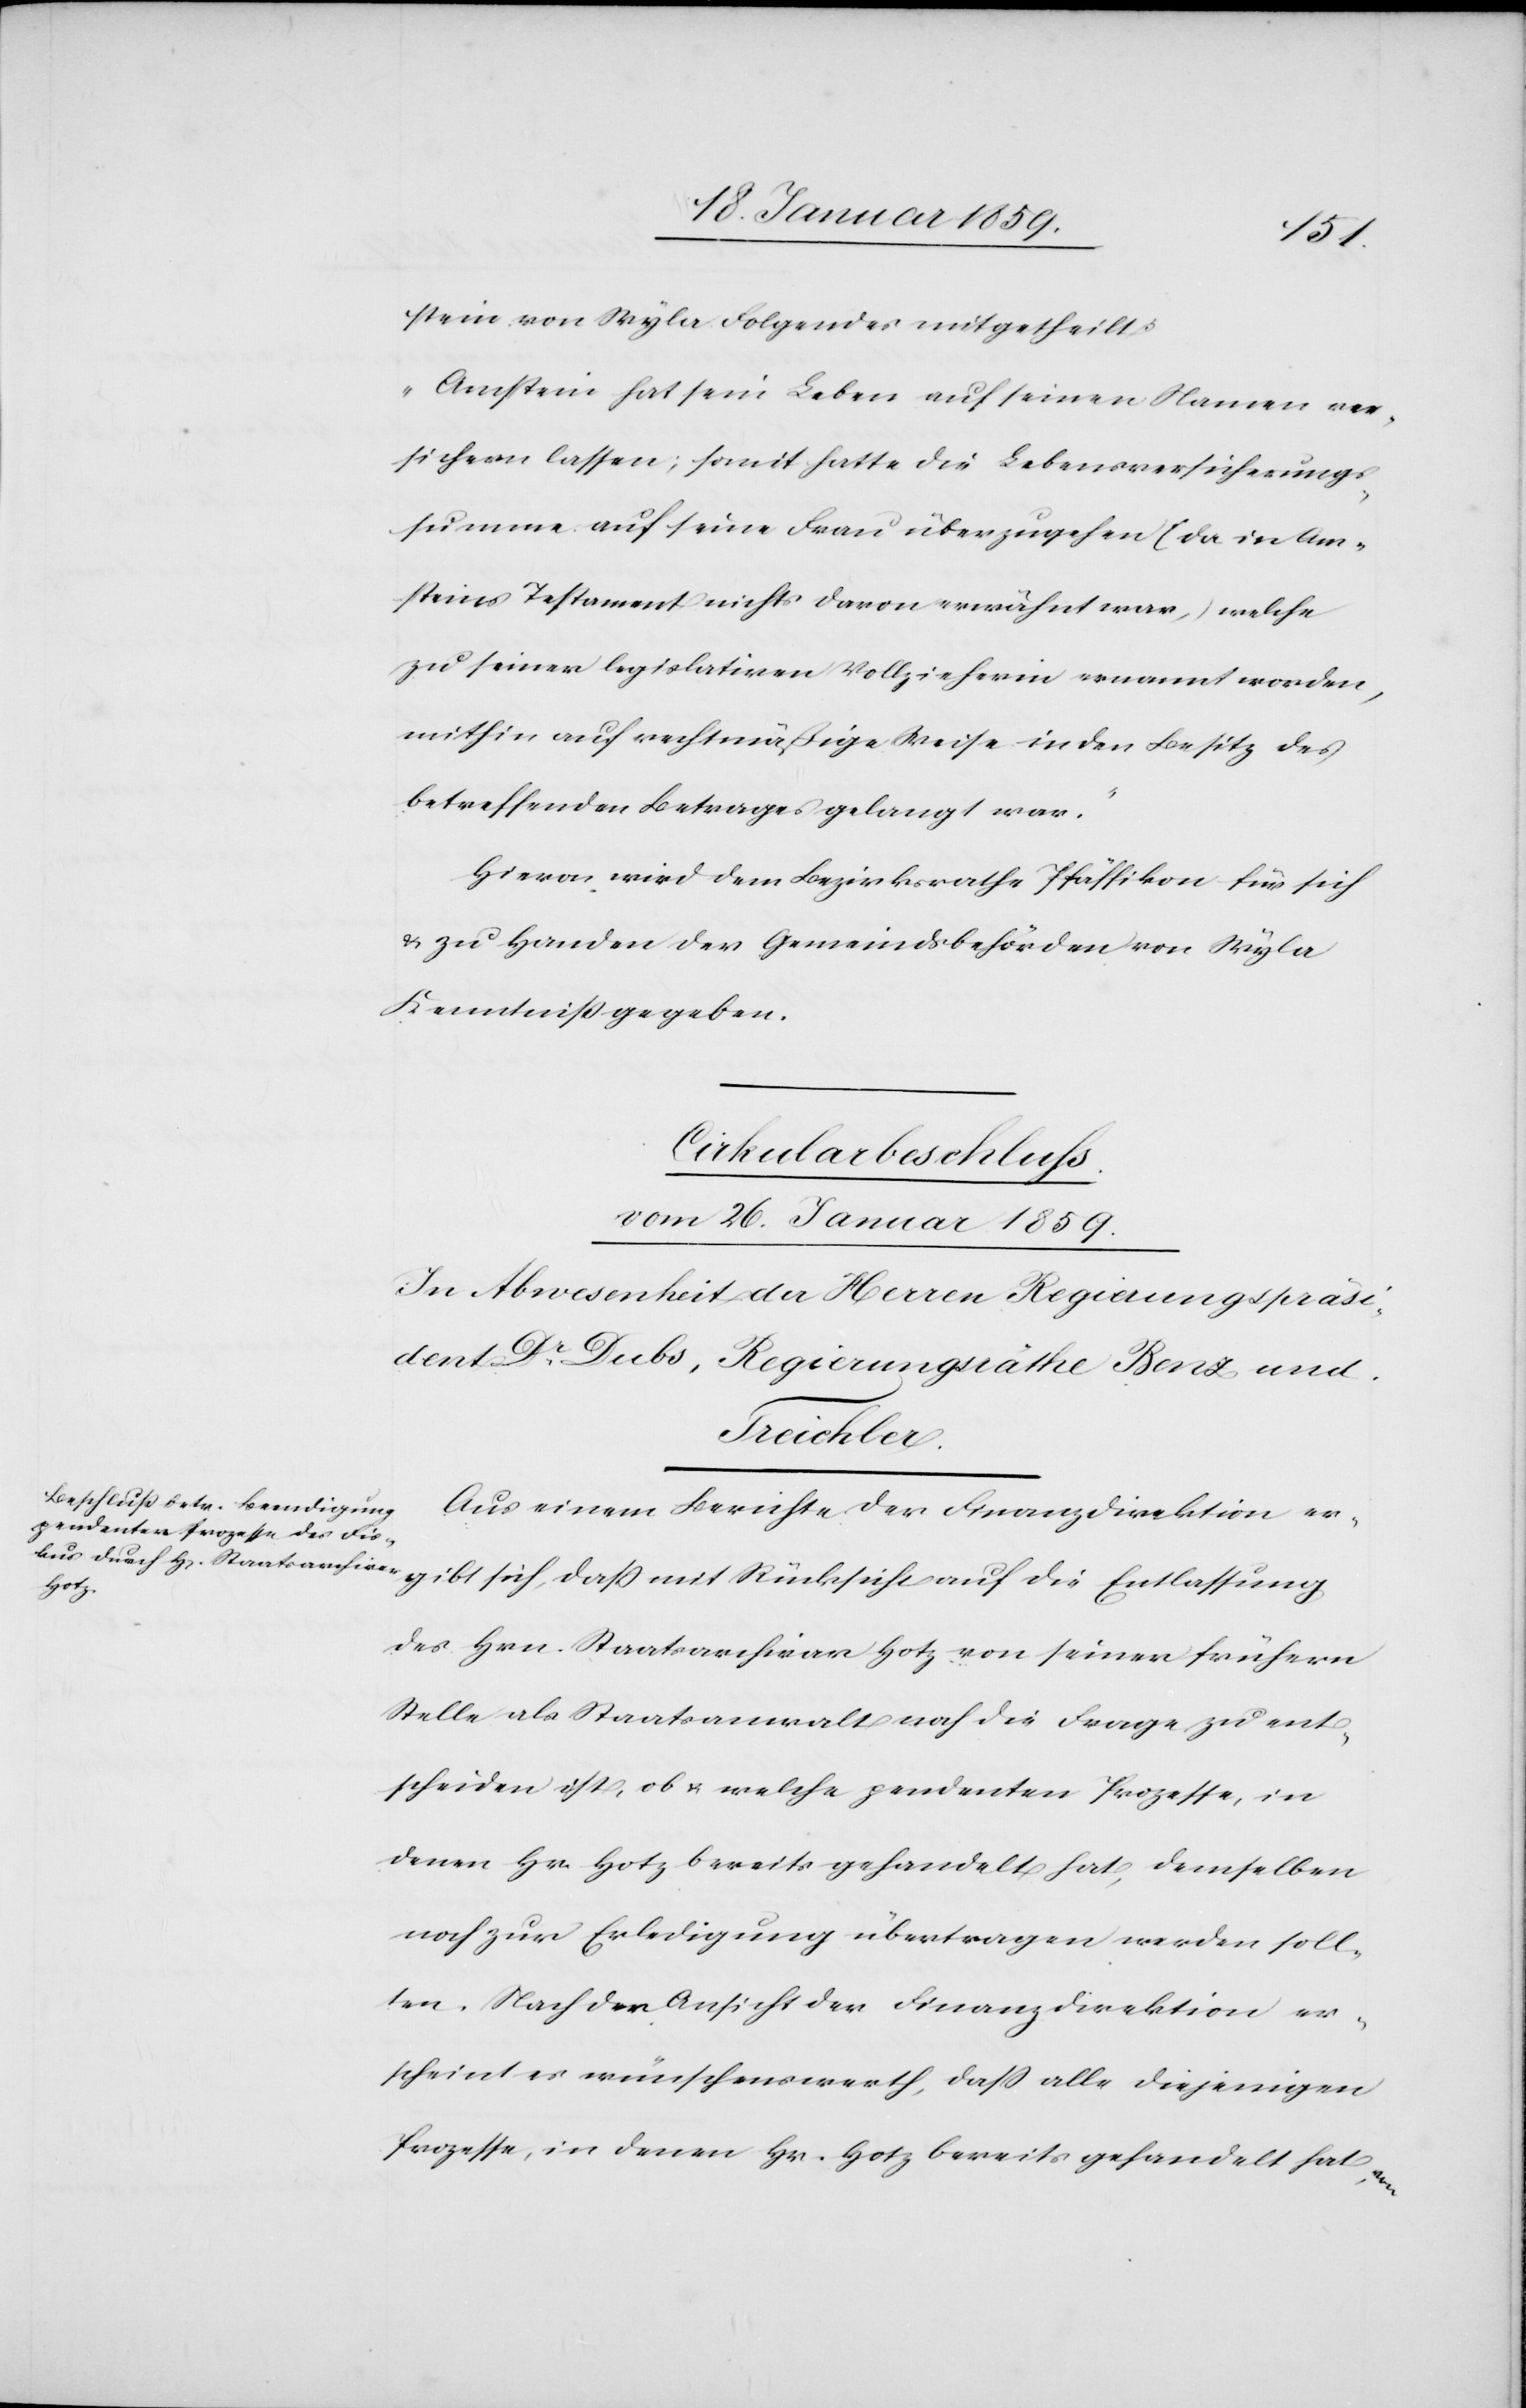
gibt
stein von Wyla Folgendes mitgetheilt:
„Amstein hat sein Leben auf seinen Namen ver¬
sichern lassen; somit hatte die Lebensversicherungs¬
summe auf seine Frau überzugehen (da in Am¬
steins Testament nichts davon erwähnt war,) welche
zu seiner legislativen Vollzieherin ernannt worden,
mithin auf rechtmäßige Weise in den Besitz des
betreffenden Betrages gelangt war.“
Hievon wird dem Bezirksrathe Pfäffikon für sich
& zu Handen der Gemeindsbehörden von Wyla
Kenntniß gegeben.
Cirkularbeschluss.
vom 26. Januar 1859.
In Abwesenheit der Herren Regierungspräsi¬
dent Dr. Dubs, Regierungsräthe Benz und
Rücksicht
Aus einem Berichte der Finanzdirektion er¬
des Hrn. Staatsarchivar Hotz von seiner frühern
Stelle als Staatsanwalt noch die Frage zu ent¬
scheiden ist, ob u. welche pendenten Prozesse, in
denen Hr. Hotz bereits gehandelt hat, demselben
noch zur Erledigung übertragen werden soll¬
ten. Nach der Ansicht der Finanzdirektion er¬
scheint es wünschenswerth, daß alle diejenigen
Prozesse, in denen Hr. Hotz bereits gehandelt hat,